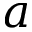
a